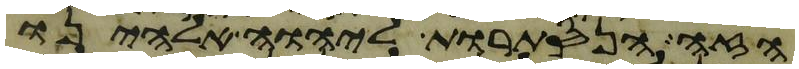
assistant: הזה הנסתרות ליהוה אלהינו